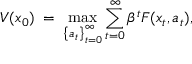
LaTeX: V ( x _ { 0 } ) \; = \; \operatorname* { m a x } _ { \left\{ a _ { t } \right\} _ { t = 0 } ^ { \infty } } \sum _ { t = 0 } ^ { \infty } \beta ^ { t } F ( x _ { t } , a _ { t } ) ,